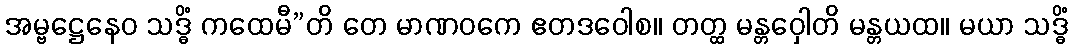
အမ္ဗဋ္ဌေနေဝ သဒ္ဓိံ ကထေမီ”တိ တေ မာဏဝကေ ဧတဒဝေါစ။ တတ္ထ မန္တဝှေါတိ မန္တယထ။ မယာ သဒ္ဓိံ